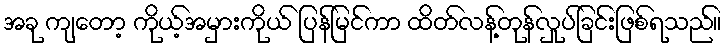
အခု ကျတော့ ကိုယ့်အမှားကိုယ် ပြန်မြင်ကာ ထိတ်လန့်တုန်လှုပ်ခြင်းဖြစ်ရသည်။